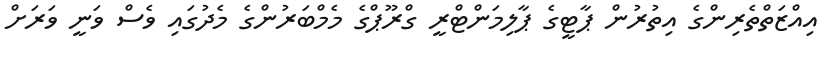
އިއްޒަތްތެރިންގެ އިތުރުން ޕާޓީގެ ޕާލިމަންޓްރީ ގްރޫޕްގެ މެމްބަރުންގެ މެދުގައި ވެސް ވަނީ ވަރަށް